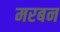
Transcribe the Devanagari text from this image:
मरबन